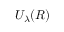
U _ { \lambda } ( R )